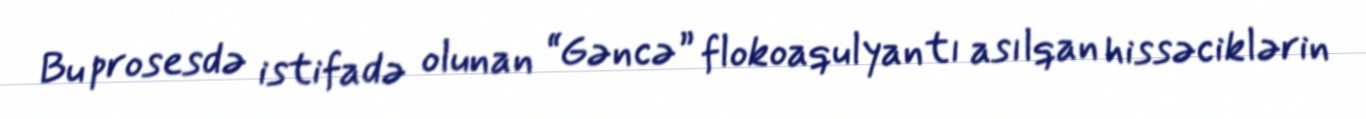
Bu prosesdə istifadə olunan “Gəncə” flokoaqulyantı asılqan hissəciklərin